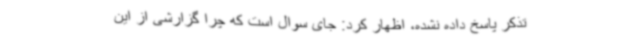
تذکر پاسخ داده نشده، اظهار کرد: جای سوال است که چرا گزارشی از این